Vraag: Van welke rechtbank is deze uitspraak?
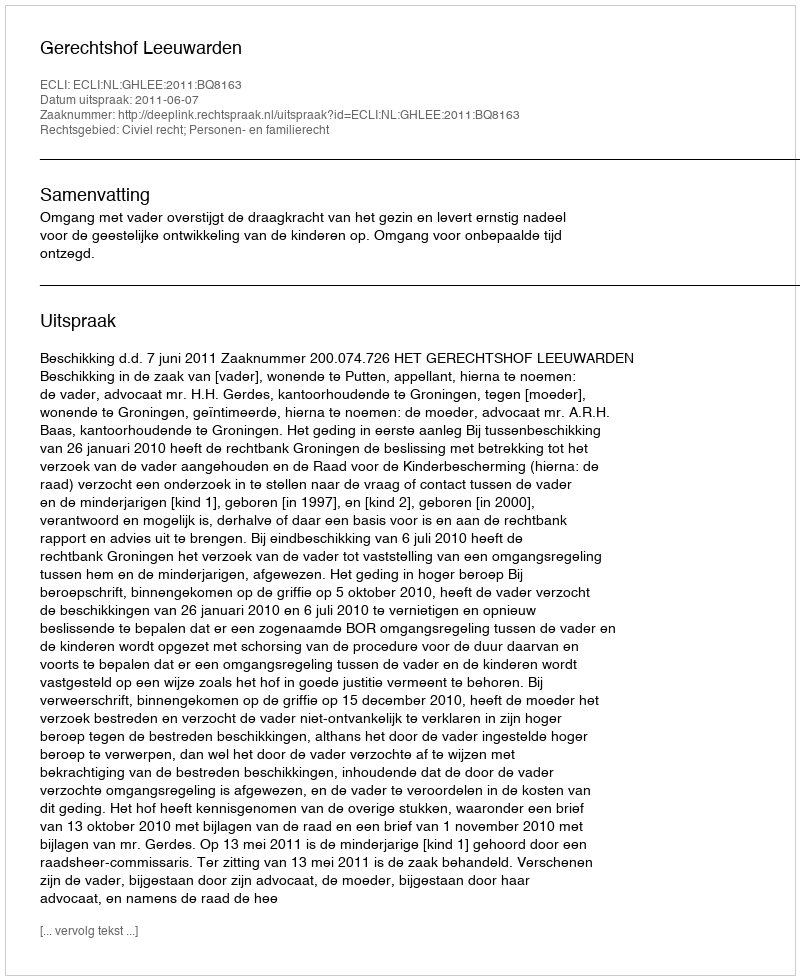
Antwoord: Gerechtshof Leeuwarden